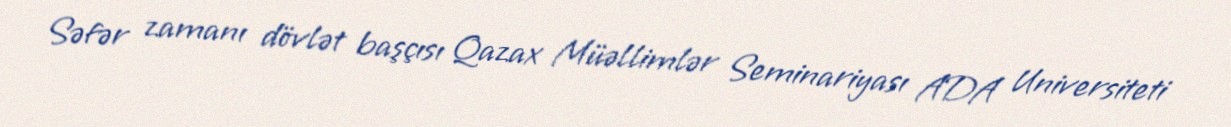
Səfər zamanı dövlət başçısı Qazax Müəllimlər Seminariyası ADA Universiteti